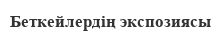
Беткейлердің экспозиясы